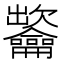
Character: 𪛐